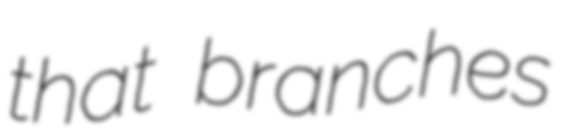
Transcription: that branches